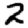
Digit: 2